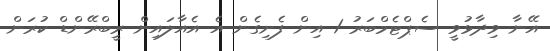
އޭނާ ވިދާޅުވީ ސެޕްޓެމްބަރު 1 އިން ފެށިގެން އެ އެއާލައިން ރީބްރޭންޑް ކުރަން